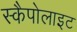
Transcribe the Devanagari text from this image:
स्कैपोलाइट